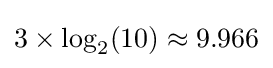
3\times \log _{2}(10)\approx 9.966